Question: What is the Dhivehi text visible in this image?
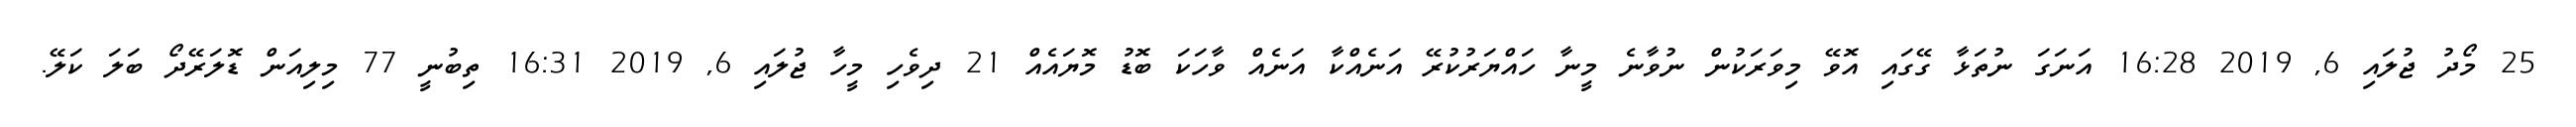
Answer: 25 މޯދު ޖުލައި 6, 2019 16:28 އަނަގަ ނުތަޅާ ގޭގައި އޮވޭ މިވަރަކުން ނުވާނެ މީނާ ހައްޔަރުކުރޭ އަނެއްކާ އަނެއް ވާހަކަ ބޮޑު މޮޔައެއް 21 ދިވެހި މީހާ ޖުލައި 6, 2019 16:31 ތިބުނީ 77 މިލިއަން ޑޮލަރޭދޯ ބަލަ ކަލޭ.